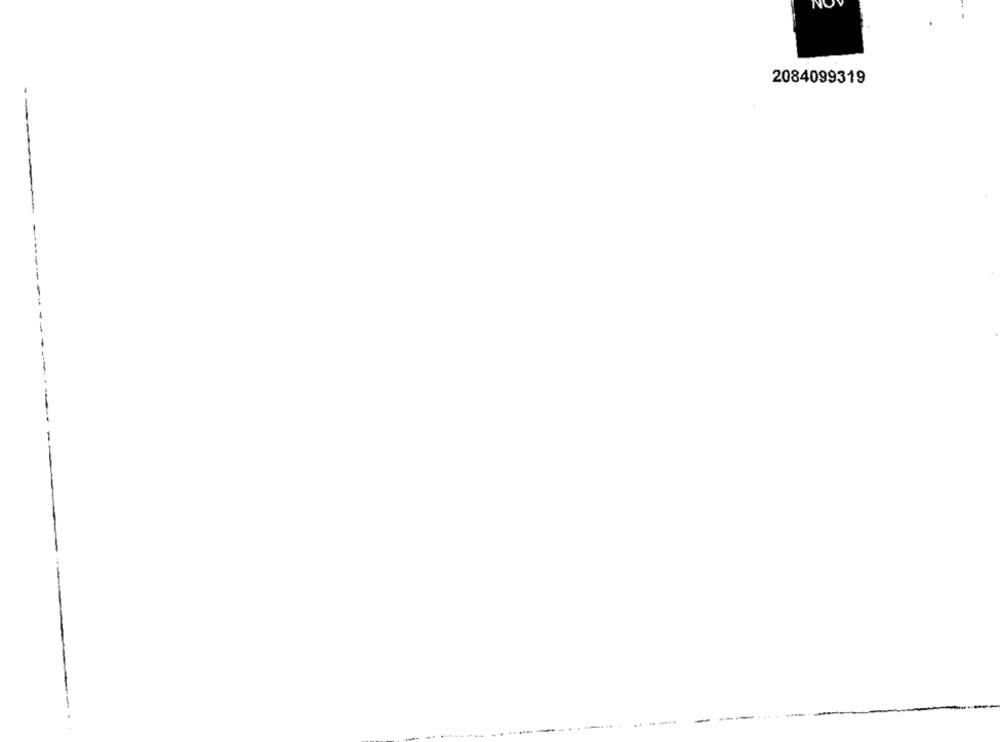
2084099319